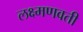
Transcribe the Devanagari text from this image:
लक्ष्मणवती